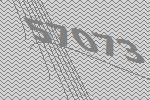
57073